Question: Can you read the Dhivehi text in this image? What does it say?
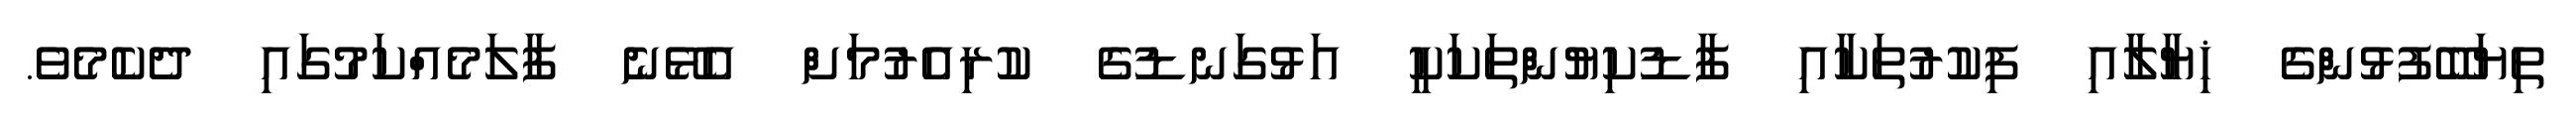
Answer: ތިޔަބޭފުޅުންގެ ޚިޔާލާއި ފިކުރުތަކާއި ފާޑުކިޔުންތަކަކީ އަޅުގަނޑުގެ ކުރިއެރުމަށް އެޅޭނެ ފާލަމެއްކަމުގައި ދެކެމެވެ.